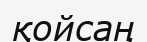
қойсаң